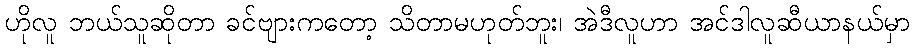
ဟိုလူ ဘယ်သူဆိုတာ ခင်ဗျားကတော့ သိတာမဟုတ်ဘူး၊ အဲဒီလူဟာ အင်ဒါလူဆီယာနယ်မှာ